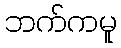
ဘက်ကမူ